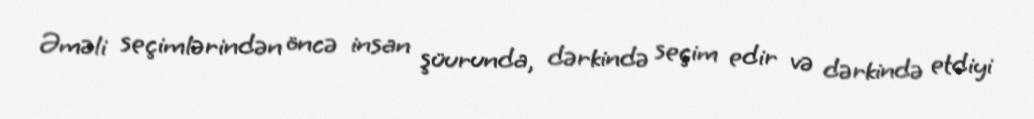
Əməli seçimlərindən öncə insan şüurunda, dərkində seçim edir və dərkində etdiyi